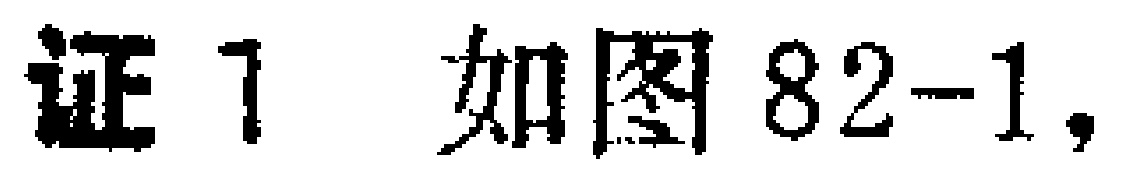
证 1 如图82-1,